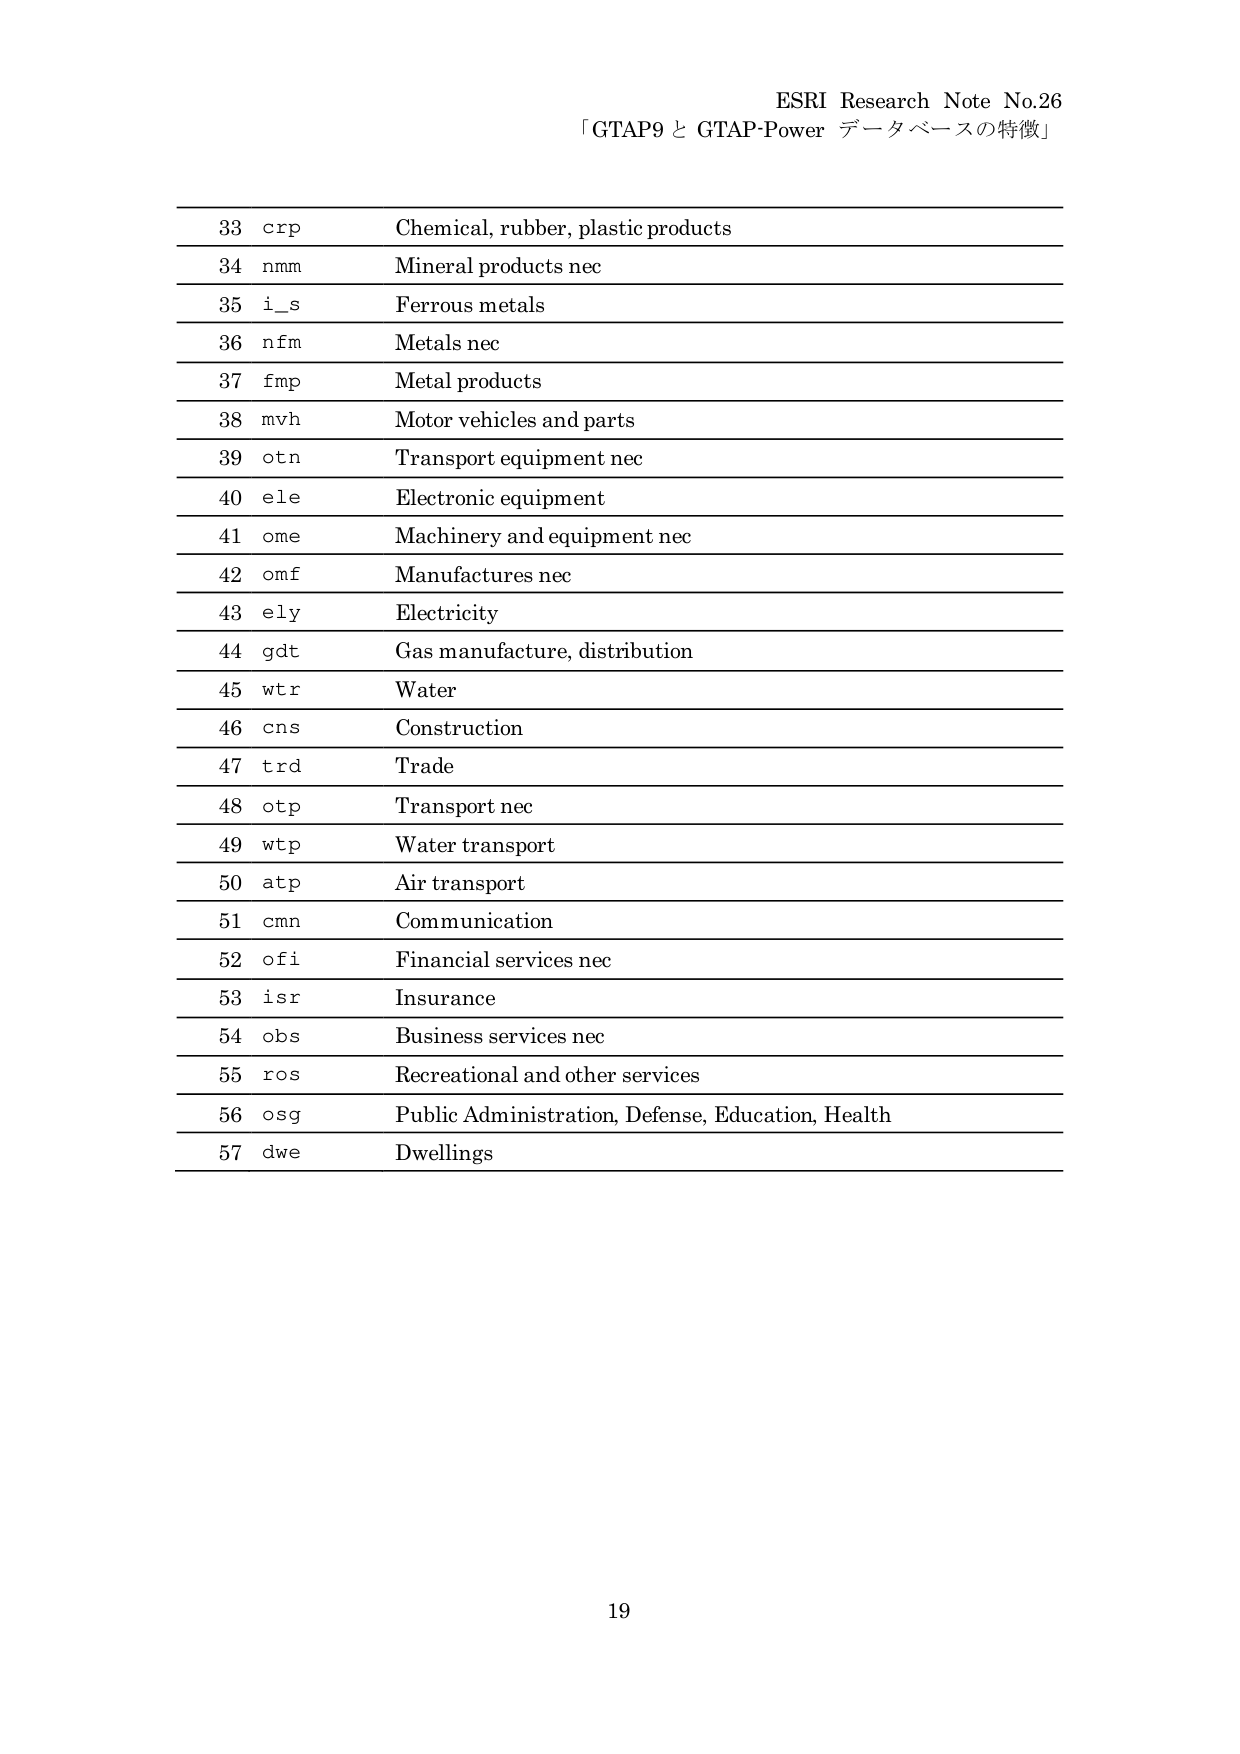
ESRI Research Note No.26
「GTAP9 と GTAP-Power データベースの特徴」

33 crp Chemical, rubber, plastic products
34 nmm Mineral products nec
35 i_s Ferrous metals
36 nfm Metals nec
37 fmp Metal products
38 mvh Motor vehicles and parts
39 otn Transport equipment nec
40 ele Electronic equipment
41 ome Machinery and equipment nec
42 omf Manufactures nec
43 ely Electricity
44 gdt Gas manufacture, distribution
45 wtr Water
46 cns Construction
47 trd Trade
48 otp Transport nec
49 wtp Water transport
50 atp Air transport
51 cmn Communication
52 ofi Financial services nec
53 isr Insurance
54 obs Business services nec
55 ros Recreational and other services
56 osg Public Administration, Defense, Education, Health
57 dwe Dwellings

19